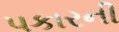
પકારની